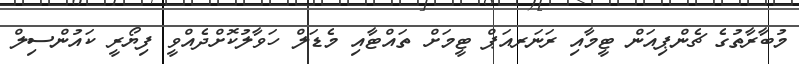
މުބާރާތުގެ ޗެންޕިއަން ޓީމާއި ރަނަރއަޕް ޓީމަށް ތައްޓާއި މެޑަލް ހަވާލުކޮށްދެއްވީ ފިޔޯރީ ކައުންސިލް